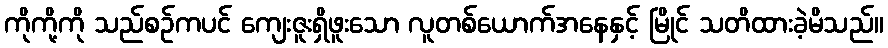
ကိုကို့ကို သည်စဉ်ကပင် ကျေးဇူးရှိဖူးသော လူတစ်ယောက်အနေနှင့် မြိုင် သတိထားခဲ့မိသည်။